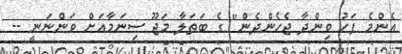
އެންމެ ފަހު ވިންދާ ޖެހެންދެން" ގެ ބަތަލާ މަޖޫ ސިނަމާއަށް ވަންނަނީ --